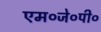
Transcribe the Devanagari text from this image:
एम०जे०पी०